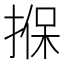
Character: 㨐